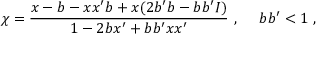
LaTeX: \chi = \frac { x - b - x x ^ { \prime } b + x ( 2 b ^ { \prime } b - b b ^ { \prime } I ) } { 1 - 2 b x ^ { \prime } + b b ^ { \prime } x x ^ { \prime } } ~ , ~ ~ ~ ~ b b ^ { \prime } < 1 ~ ,